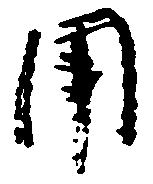
用